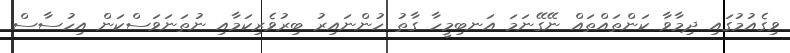
ވިގެއުމުގައި ދިމާވާ ކަންތައްތައް ނޭގޭނަމަ އަނބިމީހާ ގާތު ހުންނައިރު ބިރުވެރިކަމާއި ނުތަނަވަސްކަން އިހުސާސް